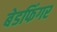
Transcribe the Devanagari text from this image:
बेडफिंगर